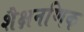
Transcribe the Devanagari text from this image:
शैक्षनणिक